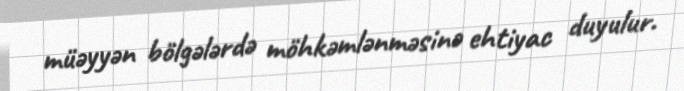
müəyyən bölgələrdə möhkəmlənməsinə ehtiyac duyulur.